Plague in India, 1896, 1897 - Volume 2
Year: 1896
Disease focus: Plague
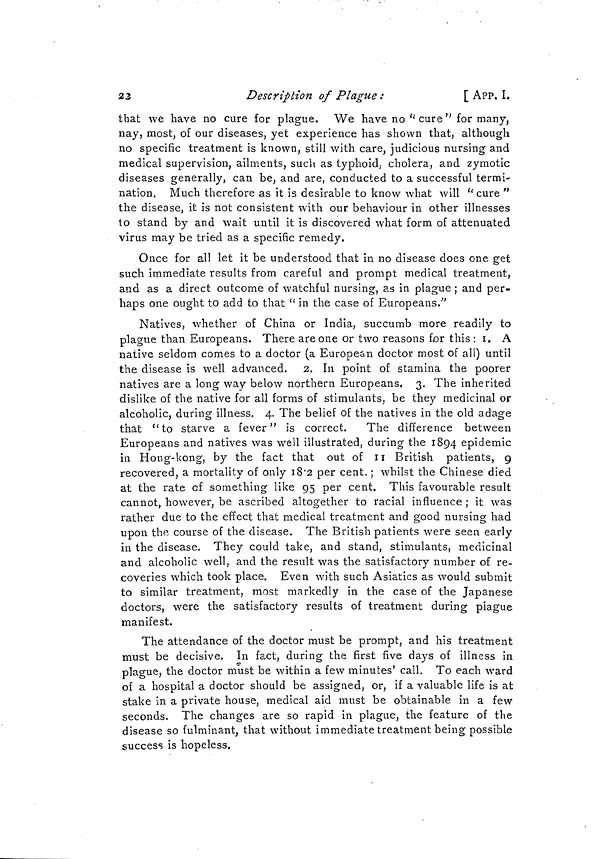
22
Description of Plague :
[ APP. I.
that we have no cure for plague. We have no "cure" for many,
nay, most, of our diseases, yet experience has shown that, although
no specific treatment is known, still with care, judicious nursing and
medical supervision, ailments, such as typhoid cholera, and zymotic
diseases generally, can be, and are, conducted to a successful termi-
nation. Much therefore as it is desirable to know what will " cure "
the disease, it is not consistent with our behaviour in other illnesses
to stand by and wait until it is discovered what form of attenuated
virus may be tried as a specific remedy.
Once for all let it be understood that in no disease does one get
such immediate results from careful and prompt medical treatment,
and as a direct outcome of watchful nursing, as in plague ; and per-
haps one ought to add to that " in the case of Europeans".
Natives, whether of China or India, succumb more readily to
plague than Europeans. There are one or two reasons for this: 1. A
native seldom comes to a doctor (a European doctor most of all) until
the disease is well advanced. 2. In point of stamina the poorer
natives are a long way below northern Europeans. 3. The inherited
dislike of the native for all forms of stimulants, be they medicinal or
alcoholic, during illness. 4. The belief of the natives in the old adage
that "to starve a fever" is correct.
The difference between
Europeans and natives was well illustrated, during the 1894 epidemic
in Hong-kong, by the fact that out of II British patients, 9
recovered, a mortality of only 18.2 per cent. ; whilst the Chinese died
at the rate of something like 95 per cent. This favourable result
cannot, however, be ascribed altogether to racial influence ; it was
rather due to the effect that medical treatment and good nursing had
upon the. course of the disease. The British patients were seen early
in the disease. They could take, and stand, stimulants, medicinal
and alcoholic well, and the result was the satisfactory number of re-
coveries which took place. Even with such Asiatics as would submit
to similar treatment, most markedly in the case of the Japanese
doctors, were the satisfactory results of treatment during plague
manifest.
The attendance of the doctor must be prompt, and his treatment
must be decisive. In fact, during the first five days of illness in
plague, the doctor must be within a few minutes' call. To each ward
of a hospital a doctor should be assigned, or, if a valuable life is at
stake in a private house, medical aid must be obtainable in a few
seconds. The changes are so rapid in plague, the feature of the
disease so fulminant, that without immediate treatment being possible
success is hopeless.